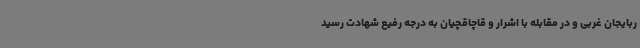
ربایجان غربی و در مقابله با اشرار و قاچاقچیان به درجه رفیع شهادت رسید